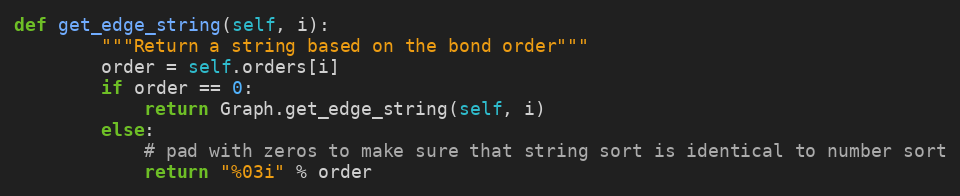
Language: Python
def get_edge_string(self, i):
        """Return a string based on the bond order"""
        order = self.orders[i]
        if order == 0:
            return Graph.get_edge_string(self, i)
        else:
            # pad with zeros to make sure that string sort is identical to number sort
            return "%03i" % order